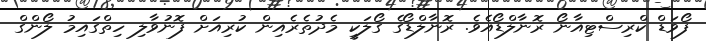
ފޯވަޑް ކްރިސްޓިއާނޯ ރޮނާލްޑޯއެވެ. ރޮނާލްޑޯގެ ގޯލަކީ މެދުތެރެއިން ކުރިއަށް ފޮނުވާލި ހިތްގައިމު ލޯންގް